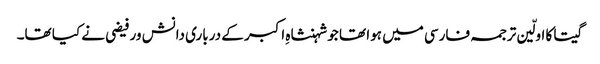
گیتا کا اولّین ترجمہ فارسی میں ہوا تھا جو شہنشاہِ اکبر کے درباری دانش ور فیضی نے کیا تھا۔